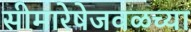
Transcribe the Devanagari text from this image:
सीमारेषेजवळच्या